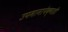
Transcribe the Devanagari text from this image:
उपमानापेक्षाही